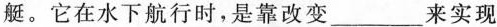
艇。它在水下航行时，是靠改变___来实现